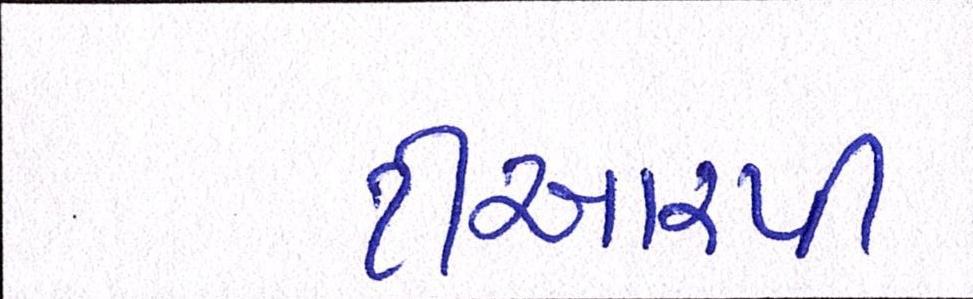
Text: ટીઆરપી